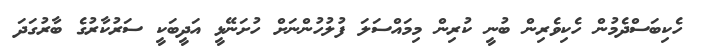
ހެކިބަސްދެމުން ހެކިވެރިން ބުނީ ކުރިން މިމައްސަލަ ފުލުހުންނަށް ހުށަނޭޅީ އަދީބަކީ ސަރުކާރުގެ ބާރުގަދަ